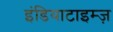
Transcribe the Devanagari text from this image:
इंडियाटाइम्‍ज़